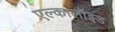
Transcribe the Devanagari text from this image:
एल्कालॉइड